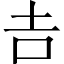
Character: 𠮷